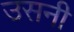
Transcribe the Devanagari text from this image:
उसनी